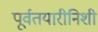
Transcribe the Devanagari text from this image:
पूर्वतयारीनिशी